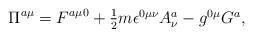
LaTeX: \begin{align*}\Pi^{a\mu} = F^{a\mu 0} +\textstyle{\frac{1}{2}}m\epsilon^{0\mu\nu}A_{\nu}^{a}-g^{0\mu}G^{a},\end{align*}